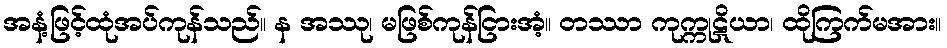
အနံ့ဖြင့်ထုံအပ်ကုန်သည်။ န အဿု၊ မဖြစ်ကုန်ငြားအံ့။ တဿာ ကုက္ကုဋိယာ၊ ထိုကြက်မအား။